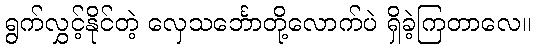
ရွက်လွှင့်နိုင်တဲ့ လှေသင်္ဘောတို့လောက်ပဲ ရှိခဲ့ကြတာလေ။